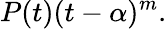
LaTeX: P(t)(t-\alpha)^{m}.